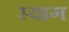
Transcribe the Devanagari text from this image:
स्याग